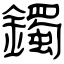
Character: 鐲